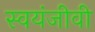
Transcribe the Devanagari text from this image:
स्वयंजीवी